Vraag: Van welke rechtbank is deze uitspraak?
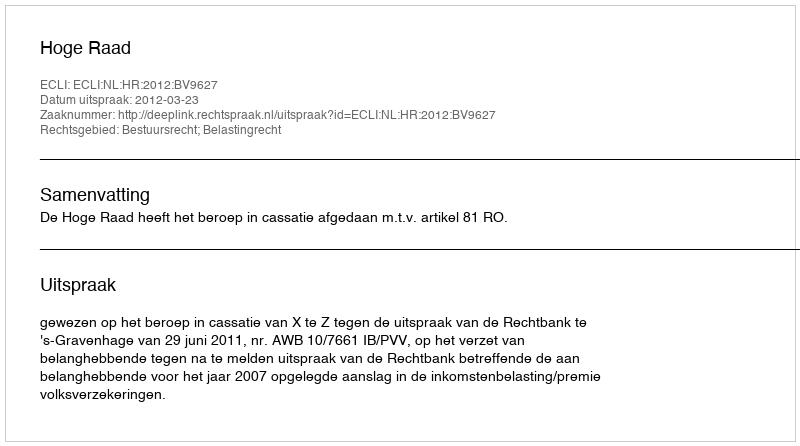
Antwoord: Hoge Raad